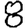
Digit: 8